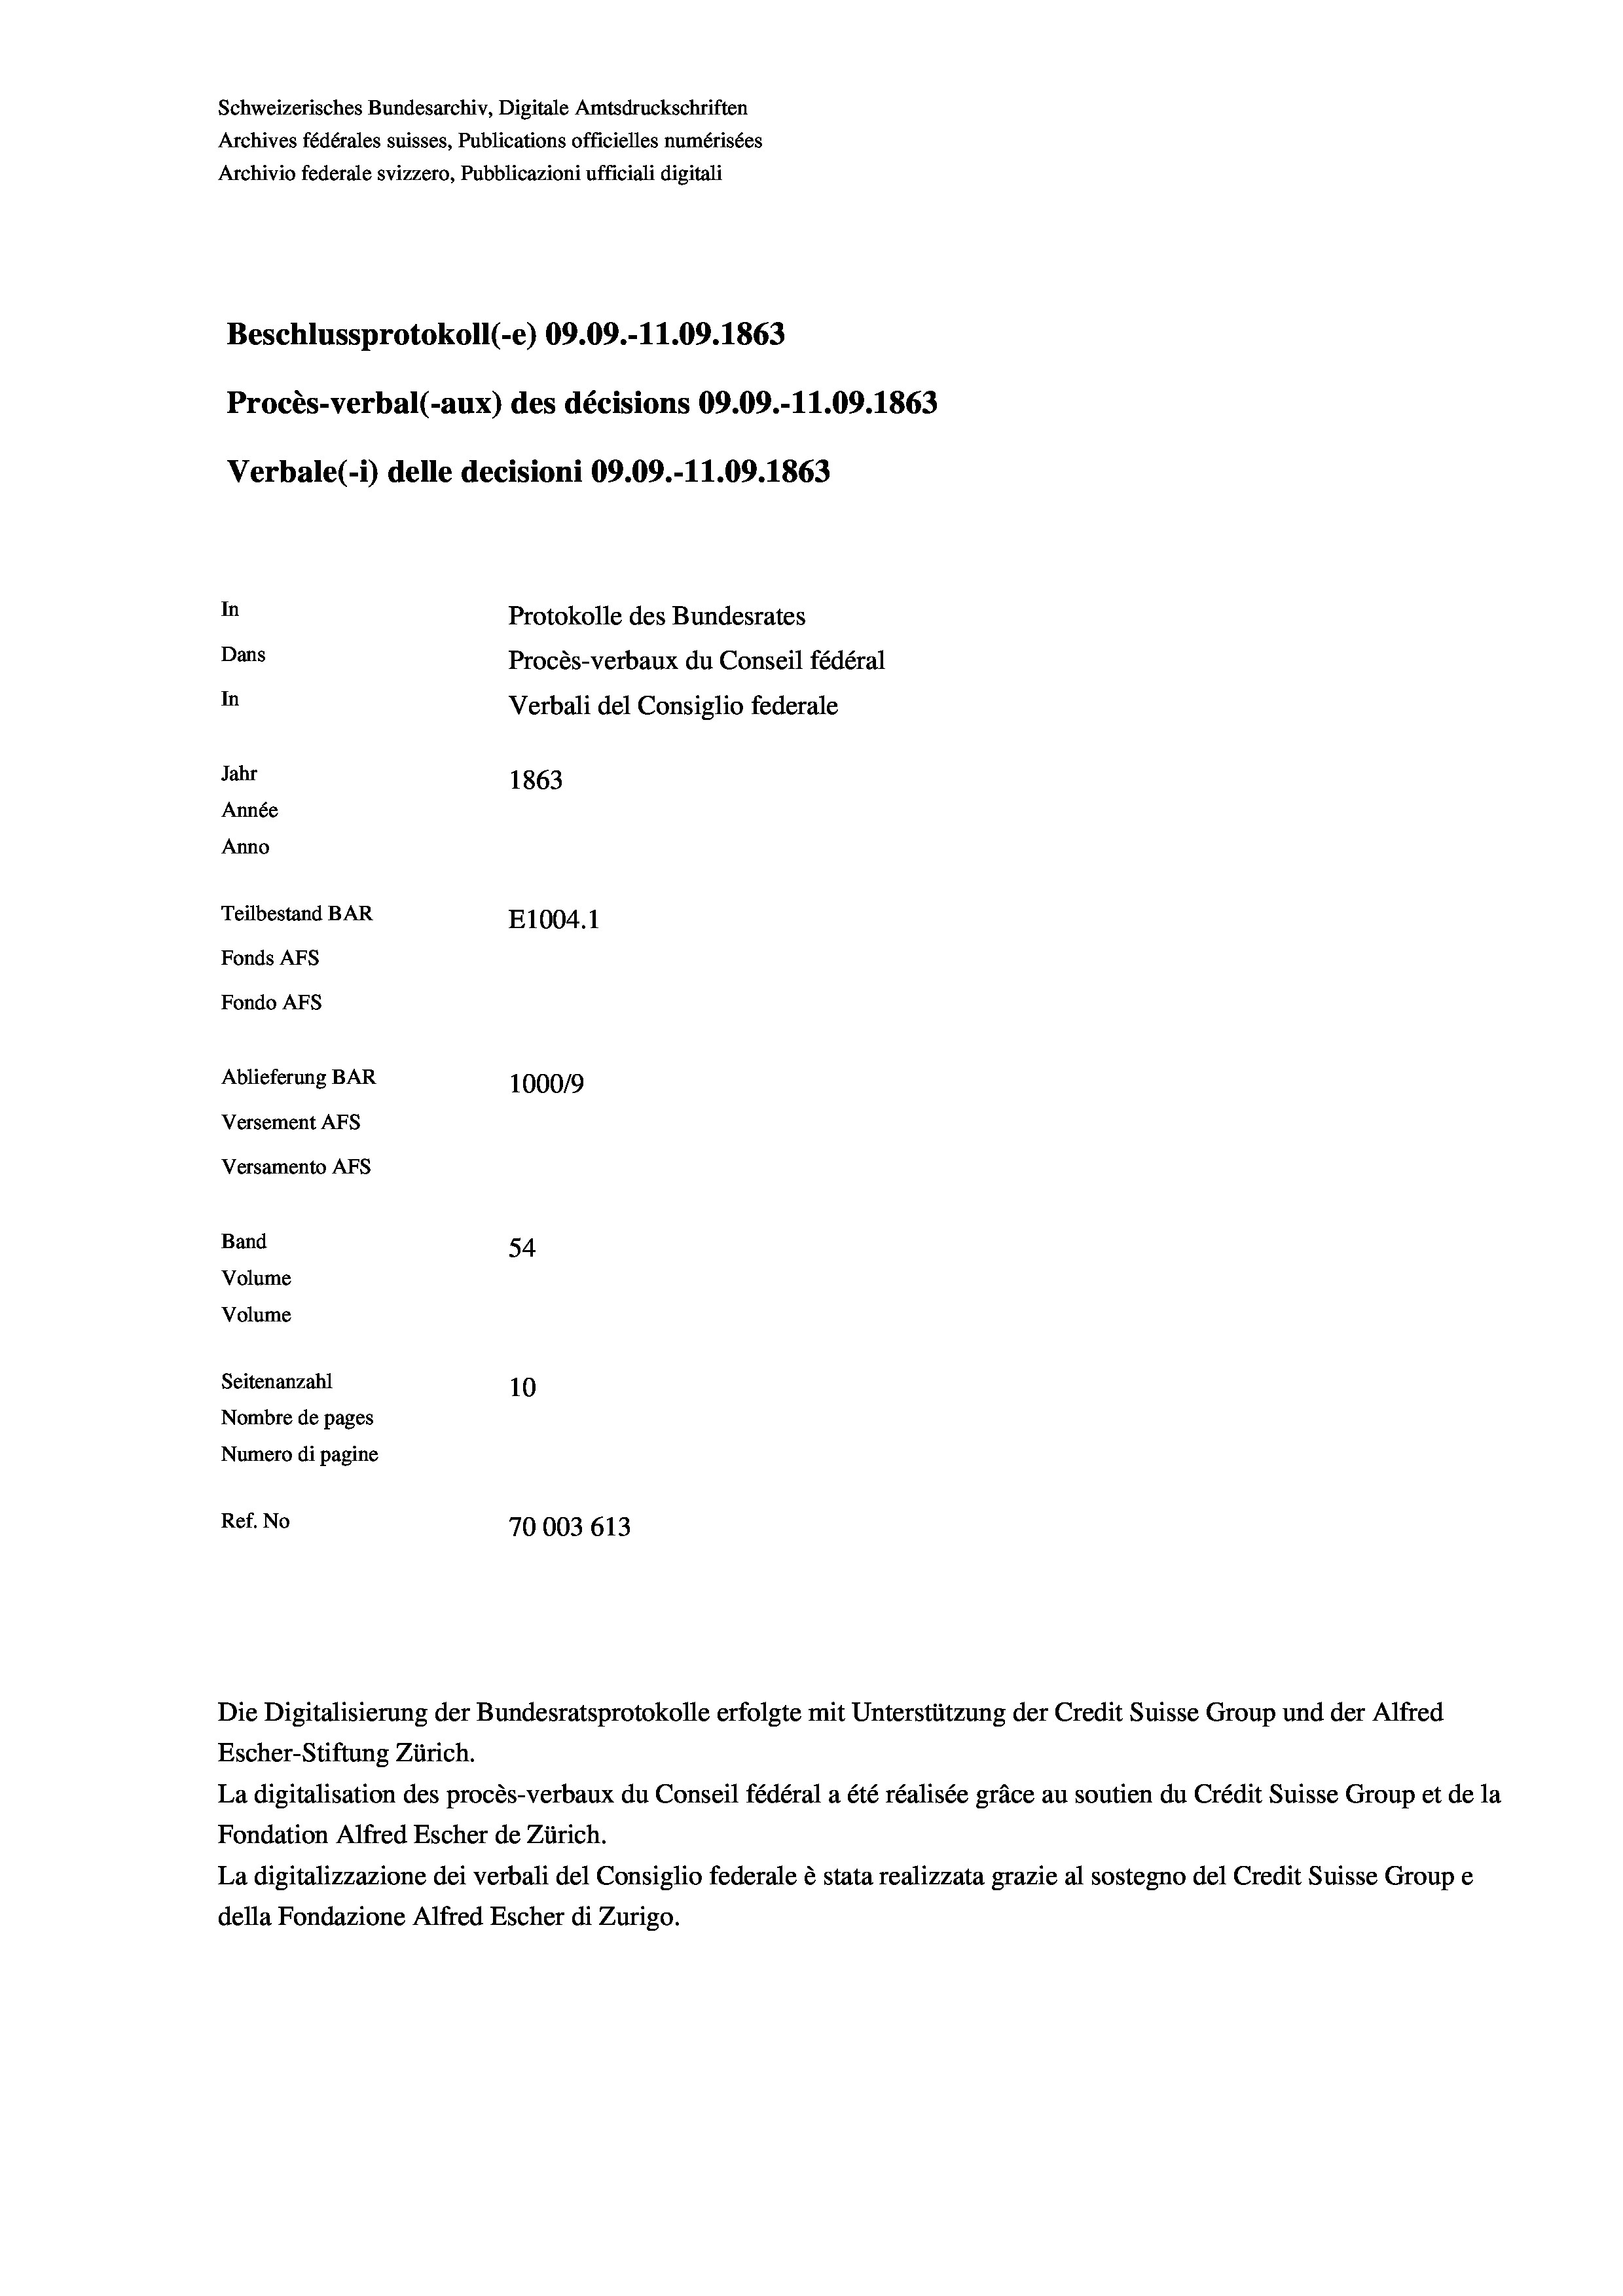
Schweizerisches Bundesarchiv, Digitale Amtsdruckschriften
Archives fédérales suisses, Publications officielles numérisées
Archivio federale svizzero, Pubblicazioni ufficiali digitali
Beschlussprotokoll (-e) 09.09.-11.09. 1863
Procès-verbal (-aux) des décisions 09.09.-11.09. 1863
Verbale(*) delle decisioni 09.09.-11.09. 1863
In
Protokolle des Bundesrates
Dans
Procès-verbaux du Conseil fédéral
In
Verbali del Consiglio federale
Jahr
1863
Année
Anno
Teilbestand BAR
E1004. 1
Fonds AFs
Fondo AFS
Ablieferung BAR
100019
Versement AFs
Versamento AFs

Escher-Stiftung Zürich.
La digitalisation des procès-verbaux du Conseil fédéral a été réalisée gräce au soutien du Crédit Suisse Group et de la
Fondation Alfred Escher de Zürich.
La digitalizzazione dei verbali del Consiglio federale è stata realizzata grazie al sostegno del Credit Suisse Groupe
della Fondazione Alfred Escher di Zurigo.

54
Seitenanzahl
10
Nombre de pages
Numero di pagine
Ref. No
70003 613

Band
Volume
Volume

Die Digitalisierung der Bundesratsprotokolle erfolgte mit Unterstützung der Credit Suisse Group und der Alfred